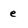
Character: e